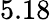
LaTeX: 5.18